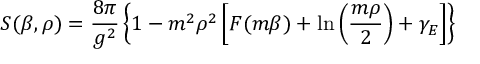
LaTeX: S ( \beta , \rho ) = { \frac { 8 \pi } { g ^ { 2 } } } \left\{ 1 - m ^ { 2 } \rho ^ { 2 } \left[ F ( m \beta ) + \ln \left( { \frac { m \rho } { 2 } } \right) + \gamma _ { E } \right] \right\}